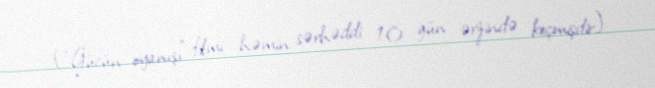
("Gücün oyanışı" filmi həmin sərhəddi 10 gün ərzində keçmişdir).